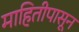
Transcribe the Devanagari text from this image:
माहितीपासून